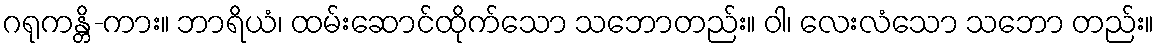
ဂရုကန္တိ-ကား။ ဘာရိယံ၊ ထမ်းဆောင်ထိုက်သော သဘောတည်း။ ဝါ၊ လေးလံသော သဘော တည်း။